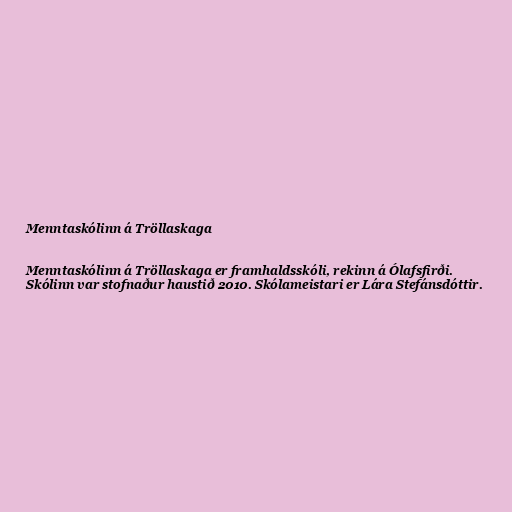
Menntaskólinn á Tröllaskaga

Menntaskólinn á Tröllaskaga er framhaldsskóli, rekinn á Ólafsfirði.
Skólinn var stofnaður haustið 2010. Skólameistari er Lára Stefánsdóttir.